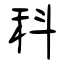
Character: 科